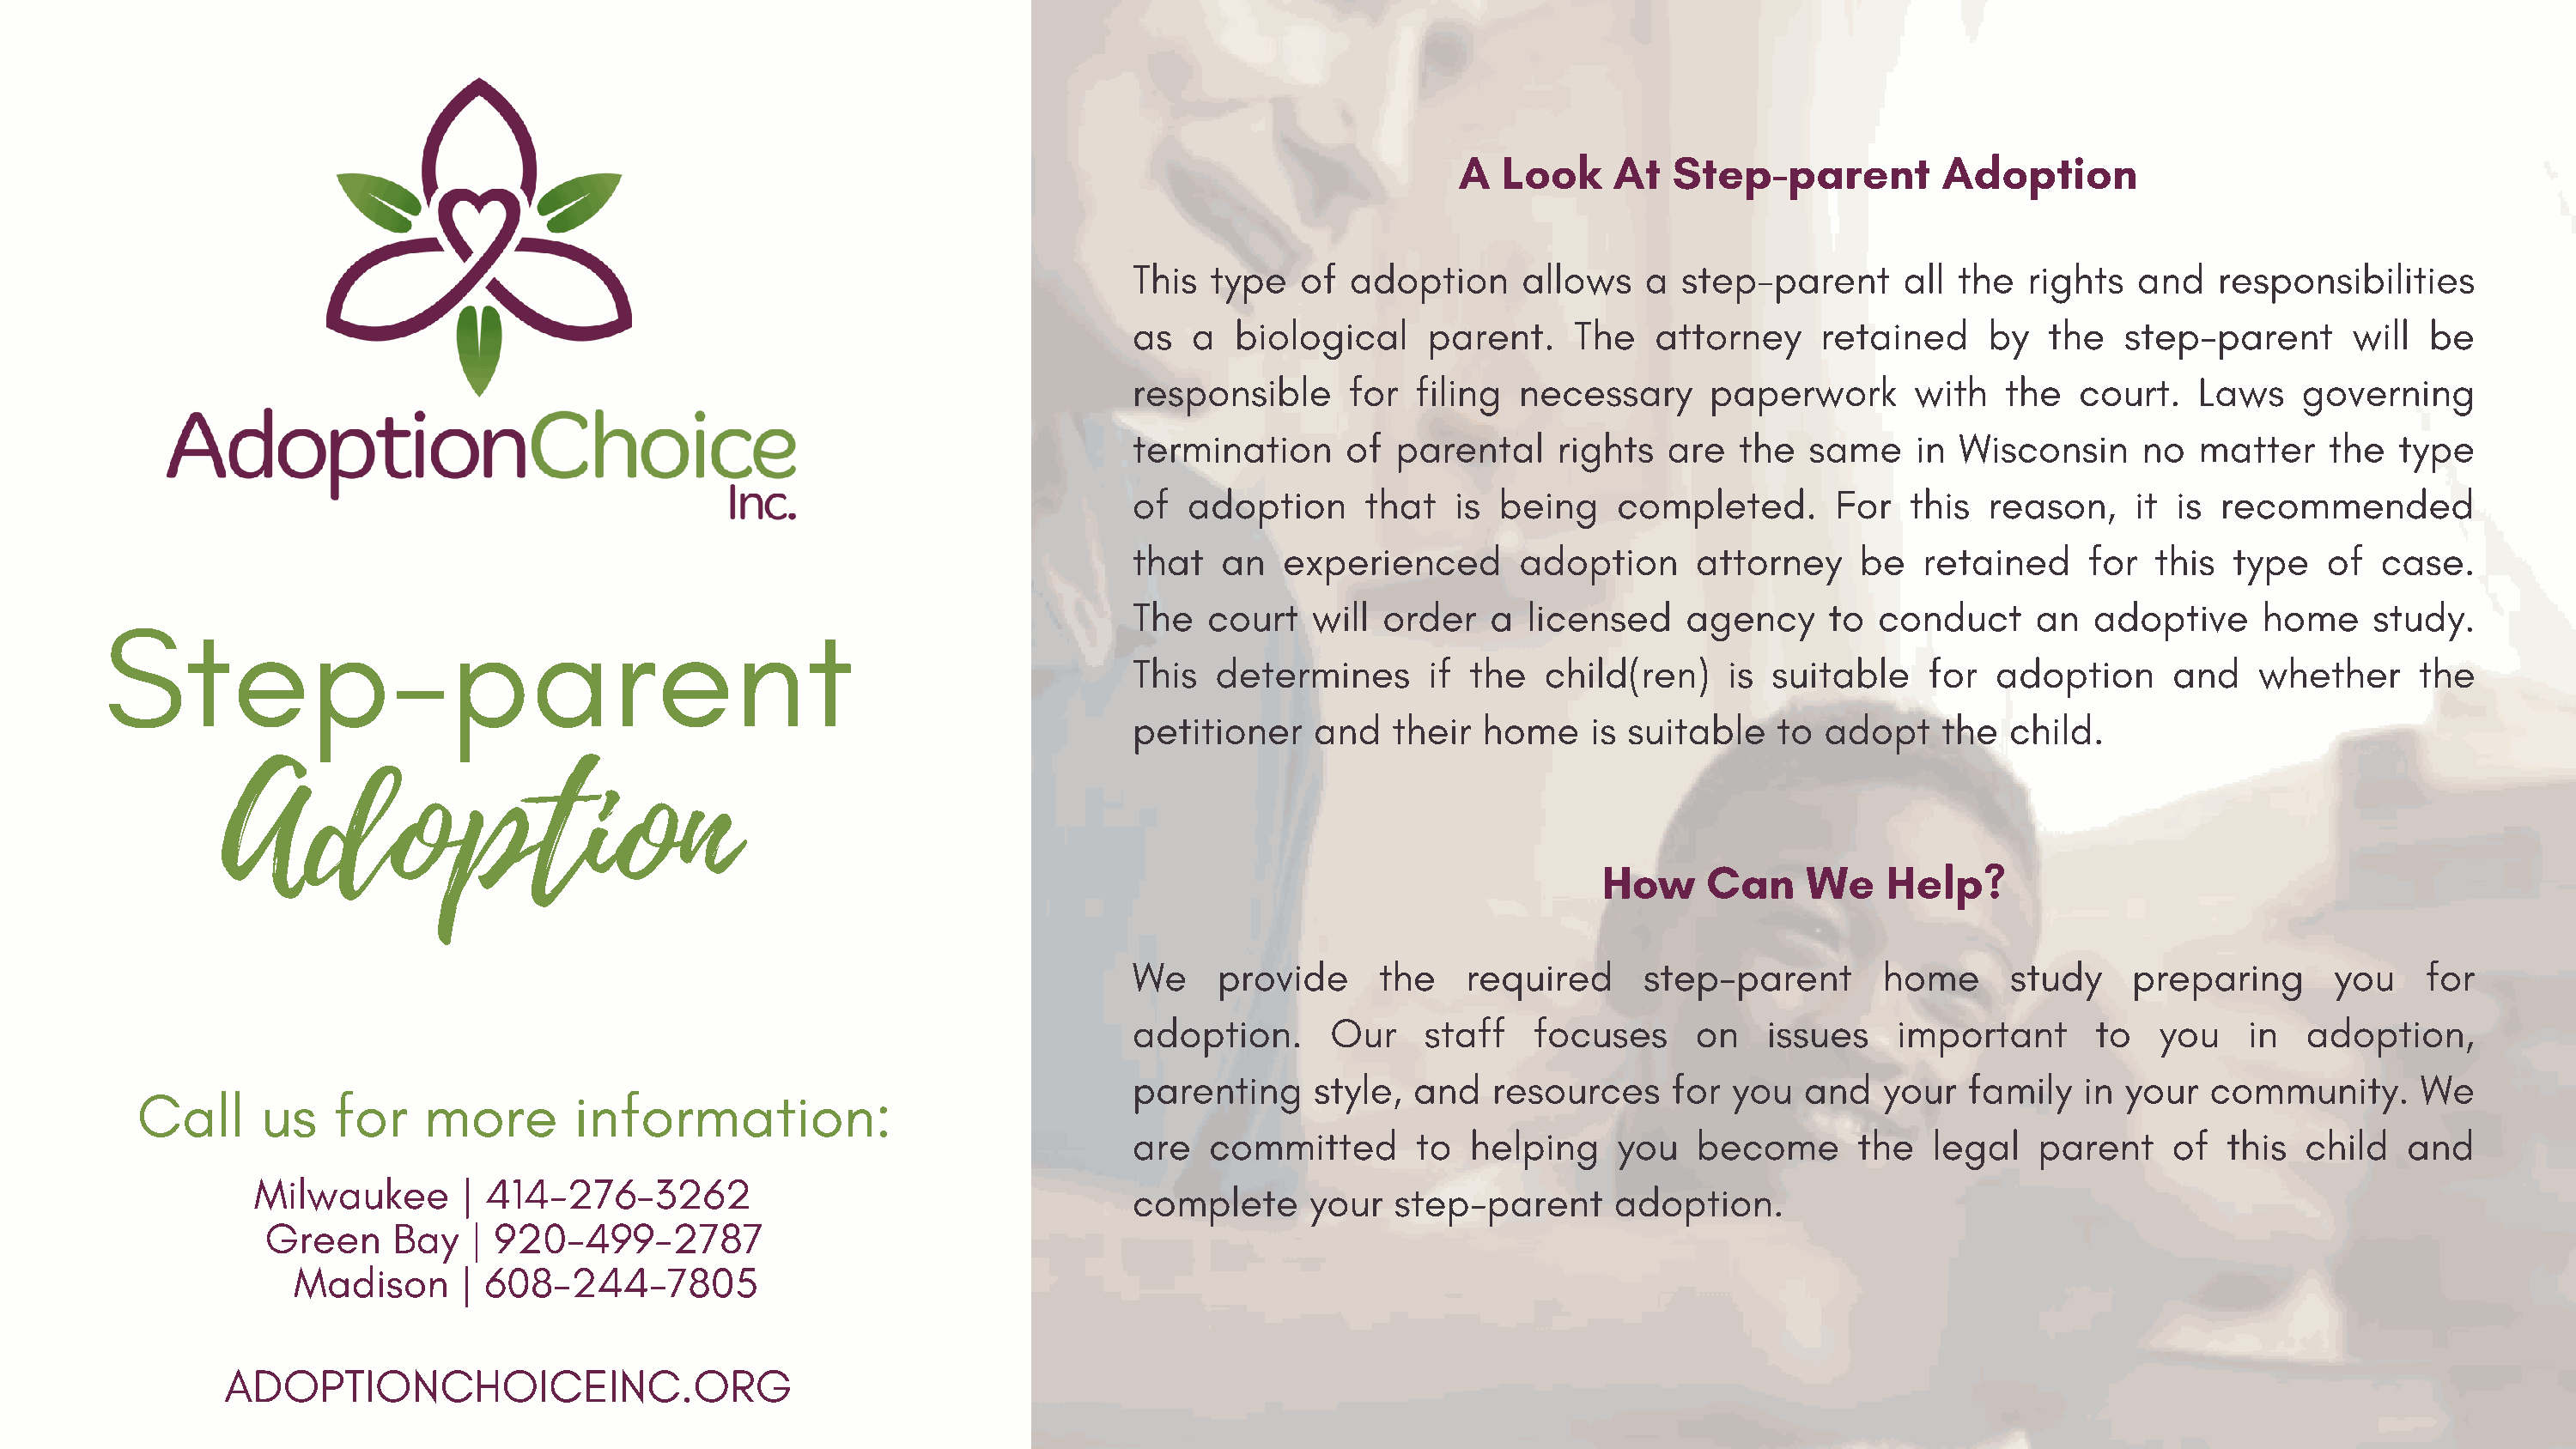
A   Look    At   Step-parent          Adoption
 This  type   of  adoption     allows    a  step-parent      all the  rights   and   responsibilities
 as   a  biological     parent.    The    attorney    retained     by   the   step-parent      will  be
 responsible      for  filing  necessary      paperwork       with   the  court.   Laws    governing
 termination      of  parental    rights   are  the  same     in Wisconsin     no   matter    the  type
 of   adoption     that   is  being    completed.       For  this  reason,     it is recommended
 that   an   experienced       adoption      attorney    be   retained     for  this  type   of   case.
 Step-parent
 The   court   will  order   a  licensed    agency     to  conduct     an  adoptive     home     study.
 This   determines      if the   child(ren)    is  suitable    for  adoption      and   whether     the
 petitioner    and   their  home     is suitable   to  adopt    the  child.
 Adoption
 Adoption
 How     Can    We    Help?
 We     provide     the    required      step-parent       home      study    preparing       you    for
 adoption.       Our    staff   focuses      on   issues    important       to  you    in   adoption,
 parenting     style,  and   resources     for  you  and   your   family   in your  community.       We
 Call     us    for    more       information:
 are   committed       to  helping     you   become      the   legal   parent    of   this  child   and
 Milwaukee       | 414-276-3262
 complete      your  step-parent      adoption.
 Green     Bay   | 920-499-2787
 Madison      | 608-244-7805
 ADOPTIONCHOICEINC.ORG